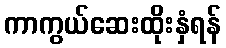
ကာကွယ်ဆေးထိုးနှံရန်